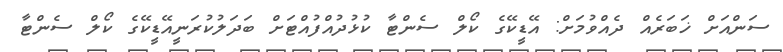
ސަންއަށް ޚަބަރެއް ދެއްވުމަށް: އޭޑީކޭގެ ކޯލް ސެންޓާ ކުޅުދުއްފުއްޓަށް ބަދަލުކުރަނީއޭޑީކޭގެ ކޯލް ސެންޓާ